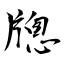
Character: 牕